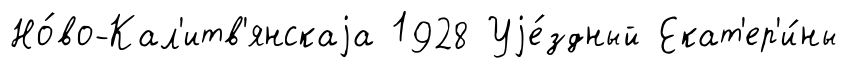
Но́во-Кал'итв'янскаjа 1928 Уjе́здный Екат'ер'и́ны